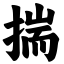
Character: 揣